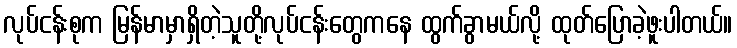
လုပ်ငန်းစုက မြန်မာမှာရှိတဲ့သူတို့လုပ်ငန်းတွေကနေ ထွက်ခွာမယ်လို့ ထုတ်ပြောခဲ့ဖူးပါတယ်။